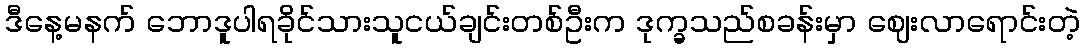
ဒီနေ့မနက် ဘောဒူပါရခိုင်သားသူငယ်ချင်းတစ်ဦးက ဒုက္ခသည်စခန်းမှာ ဈေးလာရောင်းတဲ့